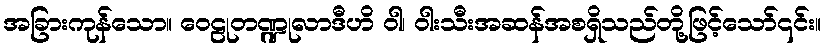
အခြားကုန်သော။ ဝေဠုတဏ္ဍုလာဒီဟိ ဝါ၊ ဝါးသီးအဆန်အစရှိသည်တို့ဖြင့်သော်၎င်း။